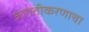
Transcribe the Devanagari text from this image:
जागतीकरणाचा